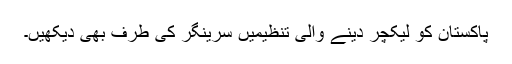
پاکستان کو لیکچر دینے والی تنظیمیں سرینگر کی طرف بھی دیکھیں۔